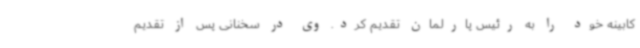
کابینه خود را به رئیس پارلمان تقدیم کرد. وی در سخنانی پس از تقدیم